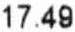
17.49